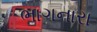
ભાગનારા